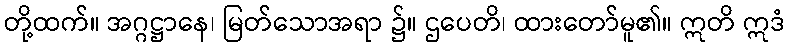
တို့ထက်။ အဂ္ဂဋ္ဌာနေ၊ မြတ်သောအရာ ၌။ ဌပေတိ၊ ထားတော်မူ၏။ ဣတိ ဣဒံ